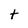
Character: t